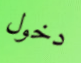
دخول